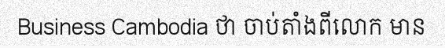
Business Cambodia ថា ចាប់តាំងពីលោក មាន